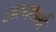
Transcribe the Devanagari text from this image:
अभ्यथर्ना